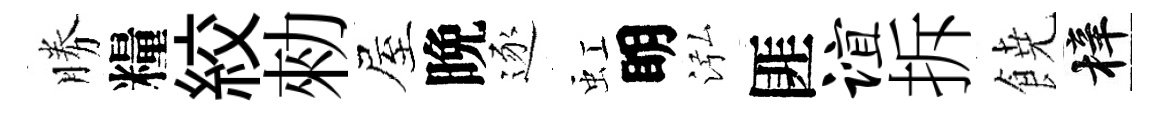
勝糧絞勑屋晩逐虹眀泓匪谊拆𩜙梓